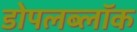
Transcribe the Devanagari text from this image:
डोपलब्लॉक